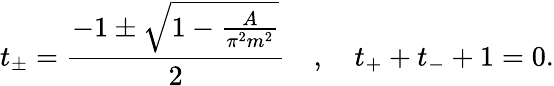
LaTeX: t_{\pm}=\frac{-1\pm\sqrt{1-\frac{A}{\pi^{2}m^{2}}}}{2}\quad,\quad t_{+}+t_{-}+1=0.